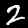
Digit: 2